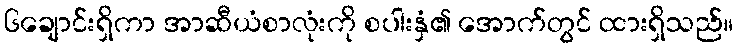
၆ချောင်းရှိကာ အာဆီယံစာလုံးကို စပါးနှံ၏ အောက်တွင် ထားရှိသည်။